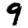
Digit: 9